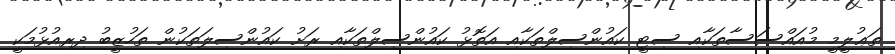
ތަޢުލީމީ މުއައްސަސާތަކާއި ސިޓީ ކައުންސިލްތަކާއި އަތޮޅު ކައުންސިލްތަކާއި ރަށު ކައުންސިލަތަކުން ތަހުޒީބު ދިރިއުޅުމަކީ